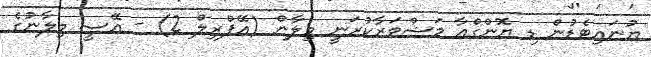
ޔުނައިޓެޑުން ޑި ޔޮންގްއާ މަޝްވަރާކުރަނީ މިލާން (އޭޕްރިލް 2) - އޭސީ މިލާނުގެ